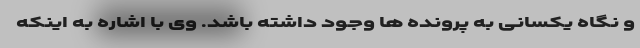
و نگاه یکسانی به پرونده ها وجود داشته باشد. وی با اشاره به اینکه